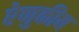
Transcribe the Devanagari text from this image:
रेणुकीय